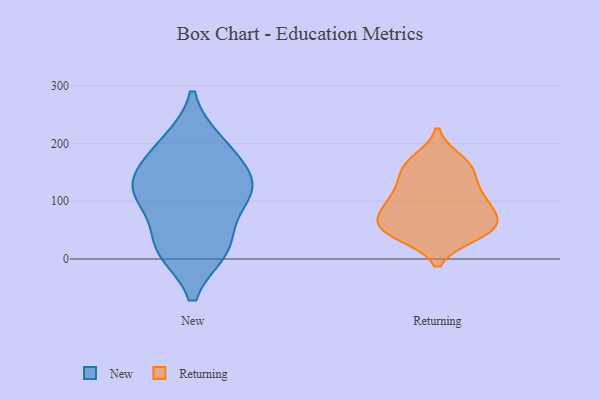
{"axis": {"x": "Net Income (USD K)", "y": "Value"}, "legend": ["New", "Returning"], "data": [{"x": "", "y": 118, "type": "New"}, {"x": "", "y": 200, "type": "New"}, {"x": "", "y": 114, "type": "New"}, {"x": "", "y": 152, "type": "New"}, {"x": "", "y": 121, "type": "New"}, {"x": "", "y": 19, "type": "New"}, {"x": "", "y": 26, "type": "New"}, {"x": "", "y": 18, "type": "New"}, {"x": "", "y": 192, "type": "New"}, {"x": "", "y": 112, "type": "New"}, {"x": "", "y": 84, "type": "Returning"}, {"x": "", "y": 61, "type": "Returning"}, {"x": "", "y": 49, "type": "Returning"}, {"x": "", "y": 103, "type": "Returning"}, {"x": "", "y": 114, "type": "Returning"}, {"x": "", "y": 78, "type": "Returning"}, {"x": "", "y": 42, "type": "Returning"}, {"x": "", "y": 46, "type": "Returning"}, {"x": "", "y": 147, "type": "Returning"}, {"x": "", "y": 160, "type": "Returning"}, {"x": "", "y": 57, "type": "Returning"}, {"x": "", "y": 50, "type": "Returning"}, {"x": "", "y": 162, "type": "Returning"}, {"x": "", "y": 171, "type": "Returning"}, {"x": "", "y": 93, "type": "Returning"}, {"x": "", "y": 121, "type": "Returning"}]}